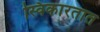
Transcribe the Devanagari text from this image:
स्विकारतात